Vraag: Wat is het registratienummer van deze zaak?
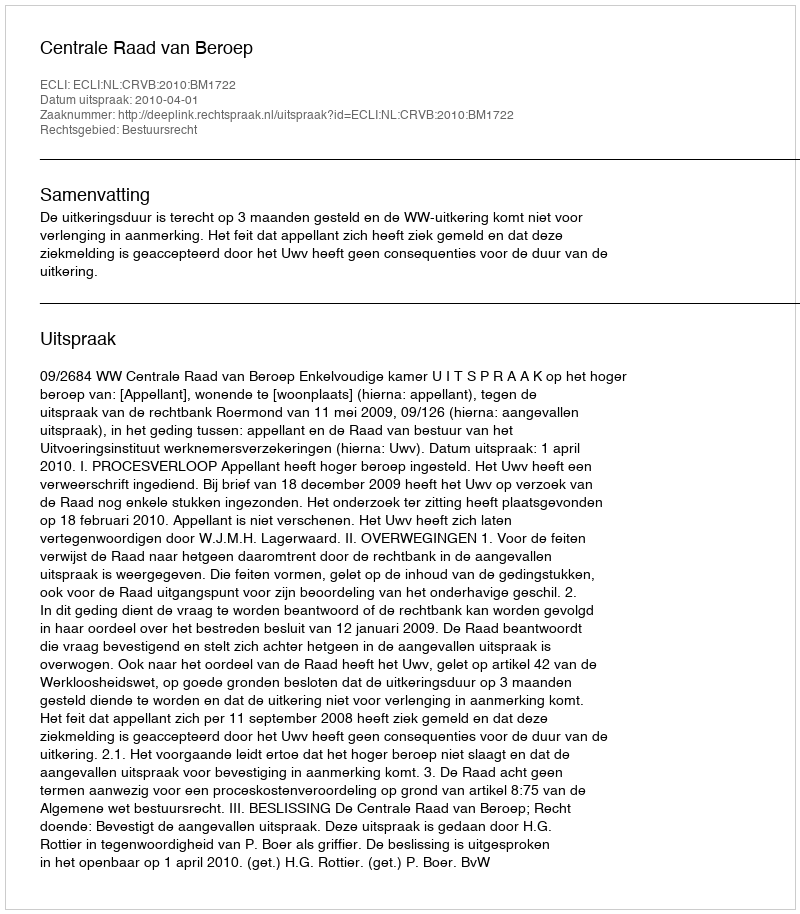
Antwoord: http://deeplink.rechtspraak.nl/uitspraak?id=ECLI:NL:CRVB:2010:BM1722